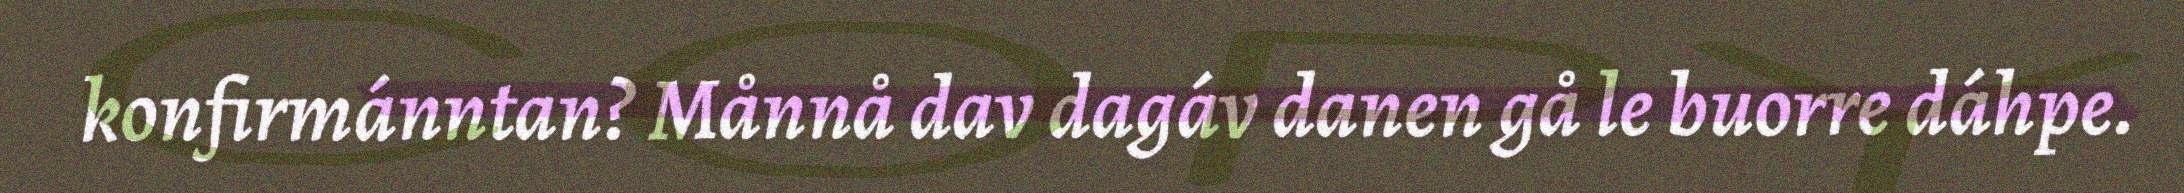
konfirmánntan? Månnå dav dagáv danen gå le buorre dáhpe.